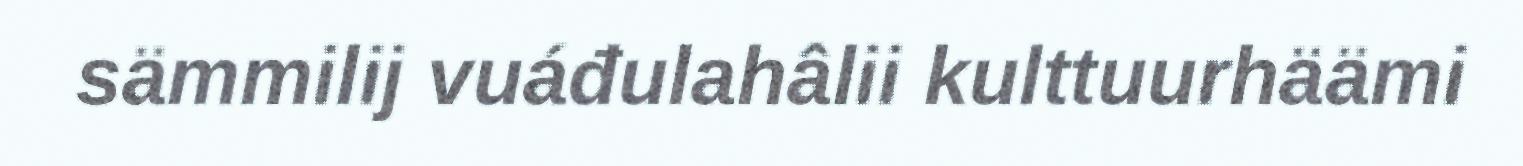
sämmilij vuáđulahâlii kulttuurhäämi